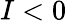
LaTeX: I<0